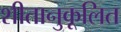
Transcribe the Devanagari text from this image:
शीतानुकूलित